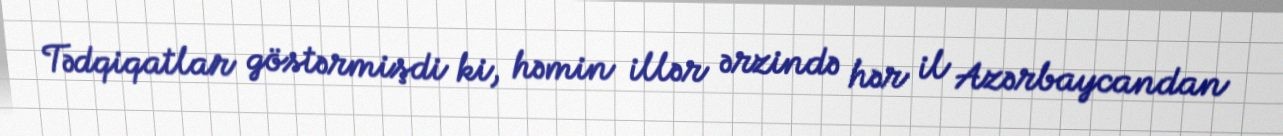
Tədqiqatlar göstərmişdi ki, həmin illər ərzində hər il Azərbaycandan